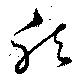
然